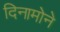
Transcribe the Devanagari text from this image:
दिनामोने